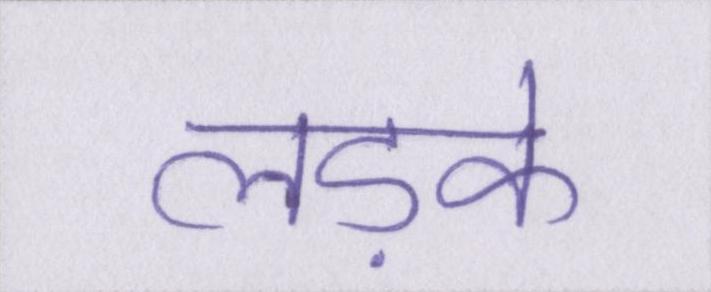
लड़के